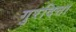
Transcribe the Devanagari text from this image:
गुरदित्ता